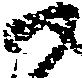
尉